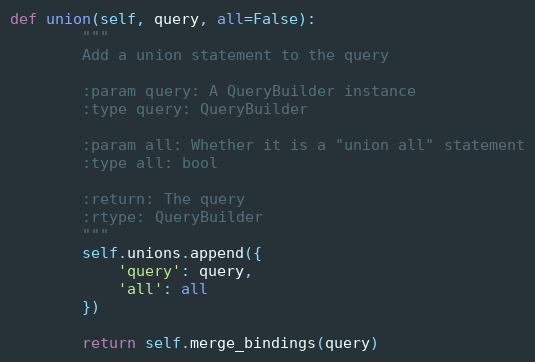
Language: Python
def union(self, query, all=False):
        """
        Add a union statement to the query

        :param query: A QueryBuilder instance
        :type query: QueryBuilder

        :param all: Whether it is a "union all" statement
        :type all: bool

        :return: The query
        :rtype: QueryBuilder
        """
        self.unions.append({
            'query': query,
            'all': all
        })

        return self.merge_bindings(query)